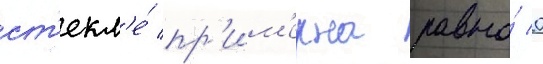
ст'екл'е́ пр'им'ерна равна́ 0